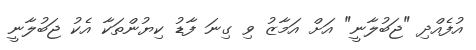
އުފެއްދި "ޖަބުލާނީ" އަށް އަމާޒު ވި ގިނަ ފާޑު ކިޔުންތަކާ އެކު ޖަބުލާނީ